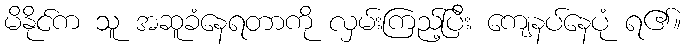
မိနိုင်က သူ အဆူခံနေရတာကို လှမ်းကြည့်ပြီး ကျေနပ်နေပုံ ရ၏။